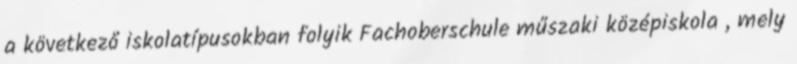
a következő iskolatípusokban folyik Fachoberschule műszaki középiskola , mely